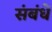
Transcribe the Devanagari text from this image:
संबंधें